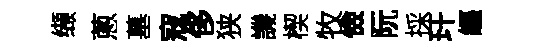
缬蔥墓寇侈狭譏楔牧儉阮採玕纒